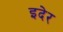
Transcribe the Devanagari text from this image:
इदेर